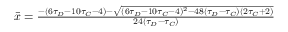
\begin{array} { r } { \bar { x } = \frac { - ( 6 \tau _ { D } - 1 0 \tau _ { C } - 4 ) - \sqrt { ( 6 \tau _ { D } - 1 0 \tau _ { C } - 4 ) ^ { 2 } - 4 8 ( \tau _ { D } - \tau _ { C } ) ( 2 \tau _ { C } + 2 ) } } { 2 4 ( \tau _ { D } - \tau _ { C } ) } } \end{array}